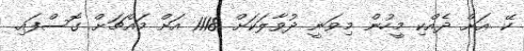
ކޭ އަށް ދެއްކި މީހުން މިވަނީ ދުވާލަކަށް 1118 އަށް މައްޗަށް ގޮސްފައި.